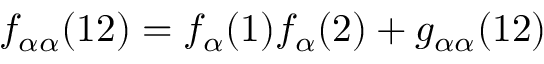
f _ { \alpha \alpha } ( 1 2 ) = f _ { \alpha } ( 1 ) f _ { \alpha } ( 2 ) + g _ { \alpha \alpha } ( 1 2 )